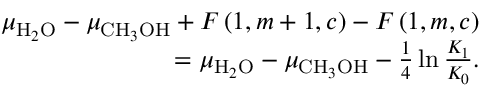
\begin{array} { r } { \mu _ { \mathrm { H } _ { 2 } \mathrm { O } } - \mu _ { \mathrm { C H } _ { 3 } \mathrm { O H } } + F \left( 1 , m + 1 , c \right) - F \left( 1 , m , c \right) } \\ { = \mu _ { \mathrm { H } _ { 2 } \mathrm { O } } - \mu _ { \mathrm { C H } _ { 3 } \mathrm { O H } } - \frac { 1 } { 4 } \ln \frac { K _ { 1 } } { K _ { 0 } } . } \end{array}